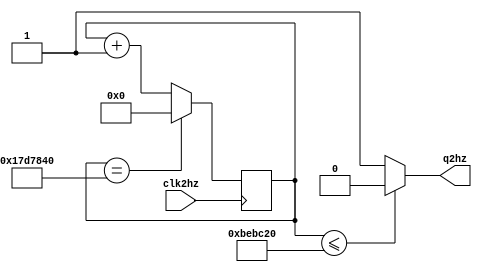
`timescale 1ns / 1ps
//////////////////////////////////////////////////////////////////////////////////
// Company: 
// Engineer: 
// 
// Design Name: 
// Module Name:    tanso2hz 
// Project Name: 
// Target Devices: 
// Tool versions: 
// Description: 
//
// Dependencies: 
//
// Revision: 
// Revision 0.01 - File Created
// Additional Comments: 
//
//////////////////////////////////////////////////////////////////////////////////
module tanso2hz
#(parameter M=25000000)
(
input clk2hz,
output q2hz
    );	 
	 
reg [26:0] r_reg;
wire [26:0] r_next;

initial r_reg = 0;
always @(posedge clk2hz)
	begin
		r_reg <= r_next;
	end
assign r_next = (r_reg==M)?0:r_reg+1;
assign q2hz = (r_reg<=M/2)?0:1;



endmodule